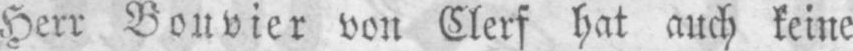
Herr Bouvier von Clerf hat auch keine